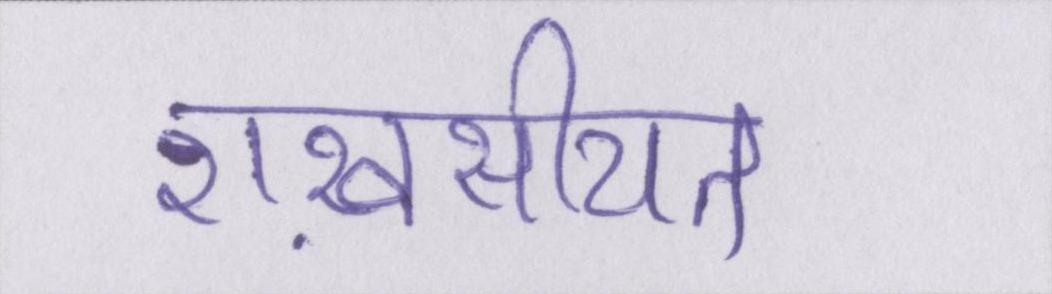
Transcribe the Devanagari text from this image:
शख़सीयत